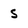
Character: s